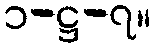
၁-ဋ္ဌ-၇။